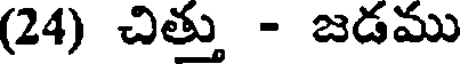
(24) చిత్తు - జడము